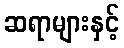
ဆရာများနှင့်